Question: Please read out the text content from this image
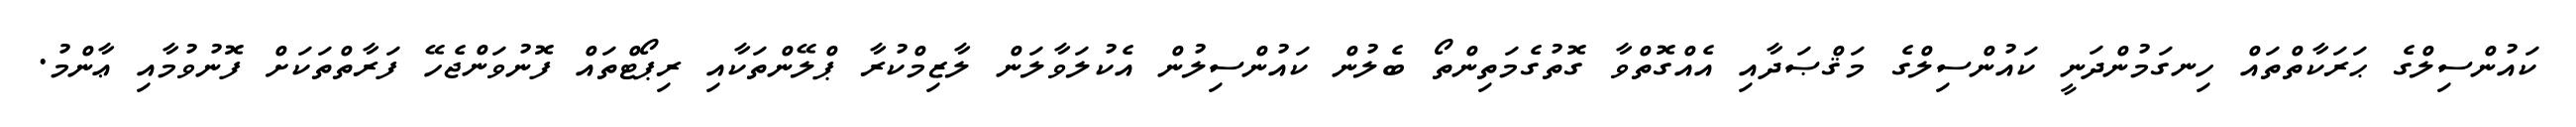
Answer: ކައުންސިލްގެ ޙަރަކާތްތައް ހިނގަމުންދަނީ ކައުންސިލްގެ މަޤްޞަދާއި އެއްގޮތްވާ ގޮތުގެމަތިންތޯ ބެލުން ކައުންސިލުން އެކުލަވާލަން ލާޒިމްކުރާ ޕްލޭންތަކާއި ރިޕޯޓްތައް ފޮނުވަންޖެހޭ ފަރާތްތަކަށް ފޮނުވުމާއި ޢާންމު.